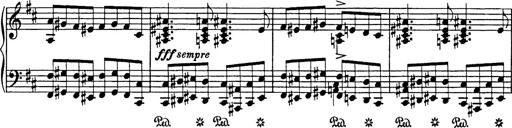
Title: Hungarian Rhapsody No.17
Composer: Franz Liszt
Key: D minor